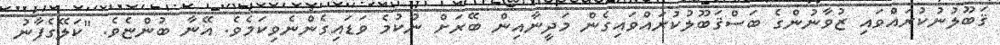
ޤަބޫލުނުކުރައްވައި ޒުވާނުންގެ ބަސްޤަބޫލުކުރައްވައިގެން މަދީނާއިން ބޭރަށް ނުކުމެ ވަޑައިގެންނެވިކަމެވެ. އޭނާ ބުންޏެވެ. "ކަލޭގެފާނު